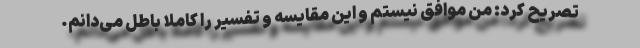
تصریح کرد: من موافق نیستم و این مقایسه و تفسیر را کاملا باطل می‌دانم.